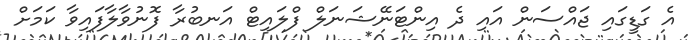
އެ ގަޑީގައި ޖައްސަން އައި ދެ އިންޓަނޭޝަނަލް ފްލައިޓް އަނބުރާ ފޮނުވާލާފައިވާ ކަމަށް